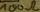
Text: 100Ω